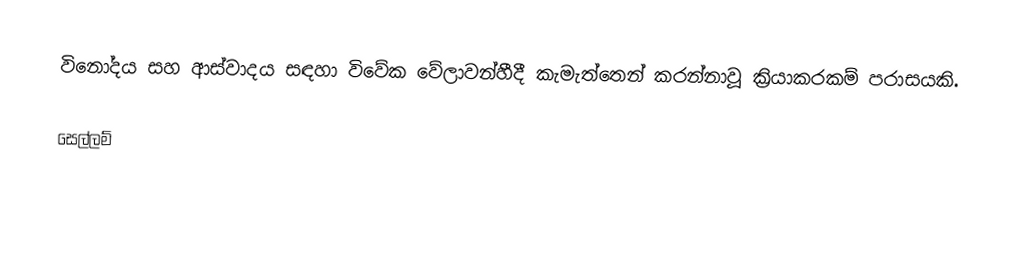
විනෝදය සහ ආස්වාදය සඳහා විවේක වේලාවන්හීදී කැමැත්තෙන් කරන්නාවූ ක්‍රියාකරකම් පරාසයකි.

සෙල්ලම්